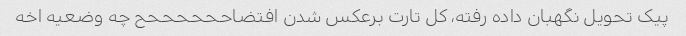
پیک تحویل نگهبان داده رفته، کل تارت برعکس شدن افتضاححححححح چه وضعیه اخه